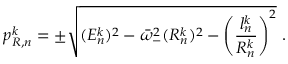
p _ { R , n } ^ { k } = \pm \sqrt { ( E _ { n } ^ { k } ) ^ { 2 } - \bar { \omega } _ { - } ^ { 2 } ( R _ { n } ^ { k } ) ^ { 2 } - \left( \frac { l _ { n } ^ { k } } { R _ { n } ^ { k } } \right) ^ { 2 } } \ .